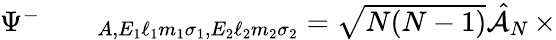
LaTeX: \begin{array}{rlr}{\Psi^{-}}&{{}}&{\phantom{}_{A,E_{1}\ell_{1}m_{1}\sigma_{1},E_{2}\ell_{2}m_{2}\sigma_{2}}=\sqrt{N(N-1)}\hat{\mathcal{A}}_{N}\, \times}\end{array}